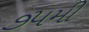
૭૫મી